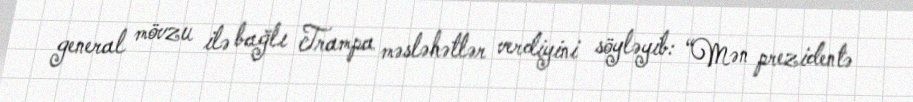
general mövzu ilə bağlı Trampa məsləhətlər verdiyini söyləyib: “Mən prezidentə